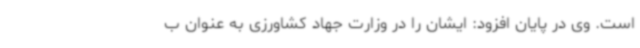
است. وی در پایان افزود: ایشان را در وزارت جهاد کشاورزی به عنوان ب